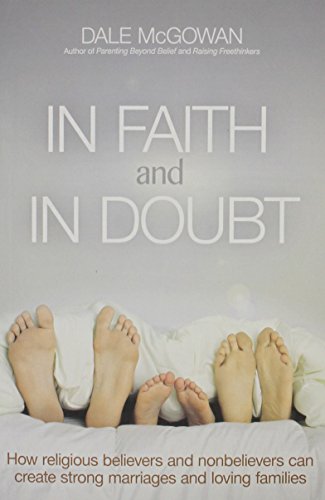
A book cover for In Faith and In Doubt: How Religious Believers and Nonbelievers Can Create Strong Marriages and Loving Families; Dale McGowan; Religion & Spirituality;